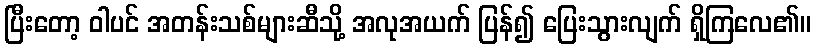
ပြီးတော့ ဝါပင် အတန်းသစ်များဆီသို့ အလုအယက် ပြန်၍ ပြေးသွားလျက် ရှိကြလေ၏။